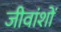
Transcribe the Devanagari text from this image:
जीवांशों